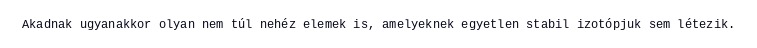
Akadnak ugyanakkor olyan nem túl nehéz elemek is, amelyeknek egyetlen stabil izotópjuk sem létezik.